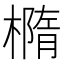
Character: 橢